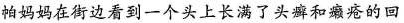
帕妈妈在街边看到一个头上长满了头癣和癞疮的回